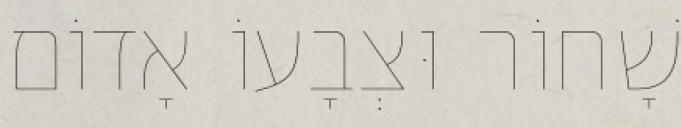
שָׁחוֹר וּצְבָעוֹ אָדוֹם